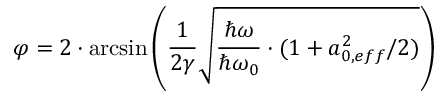
\varphi = 2 \cdot \arcsin \left( \frac { 1 } { 2 \gamma } \sqrt { \frac { \hbar \omega } { \hbar \omega _ { 0 } } \cdot { ( 1 + a _ { 0 , e f f } ^ { 2 } / 2 ) } } \right)